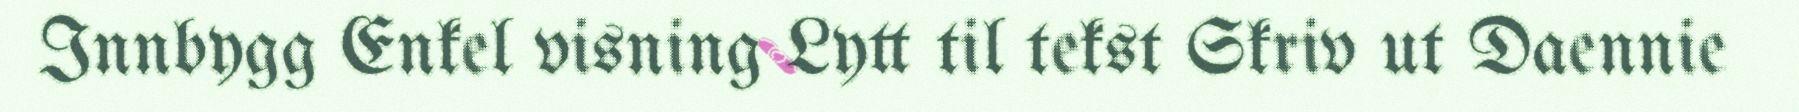
Innbygg Enkel visning Lytt til tekst Skriv ut Daennie